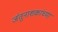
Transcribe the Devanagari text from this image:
जंतुनाशकांच्या